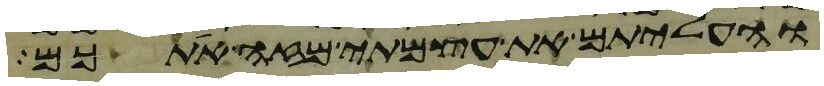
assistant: והעליתם את עצמתי מזה אתכם